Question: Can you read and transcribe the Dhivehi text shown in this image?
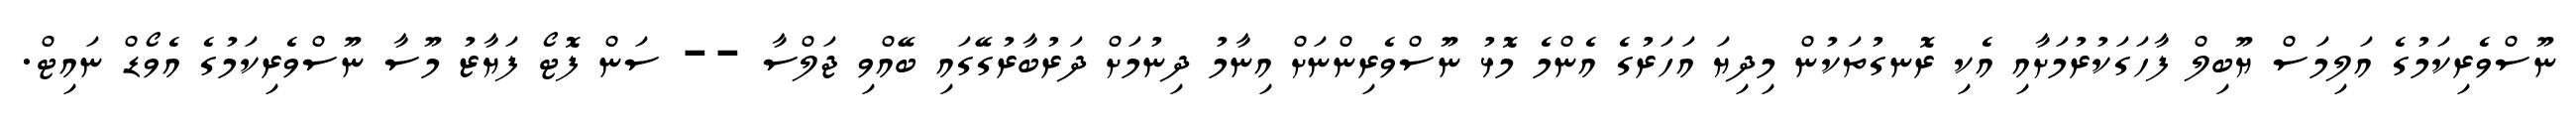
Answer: ނޫސްވެރިކަމުގެ އަލިމަސް ޔޫބިލް ފާހަގަކުރުމަށާއި އެކި ރޮނގުތަކުން މިދިޔަ އަހަރުގެ އެންމެ މޮޅު ނޫސްވެރިންނަށް އިނާމު ދިނުމަށް ދަރުބާރުގޭގައި ބޭއްވި ޖަލްސާ -- ސަން ފޮޓޯ ފަޔާޒު މޫސާ ނޫސްވެރިކަމުގެ އެވޯޑް ނައިޓް.